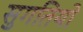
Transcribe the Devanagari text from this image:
सुगतियों